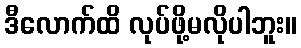
ဒီလောက်ထိ လုပ်ဖို့မလိုပါဘူး။